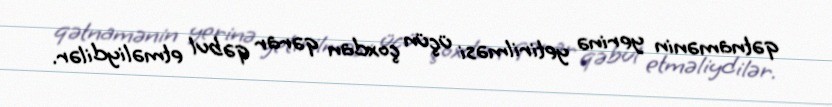
qətnamənin yerinə yetirilməsi üçün çoxdan qərar qəbul etməliydilər.